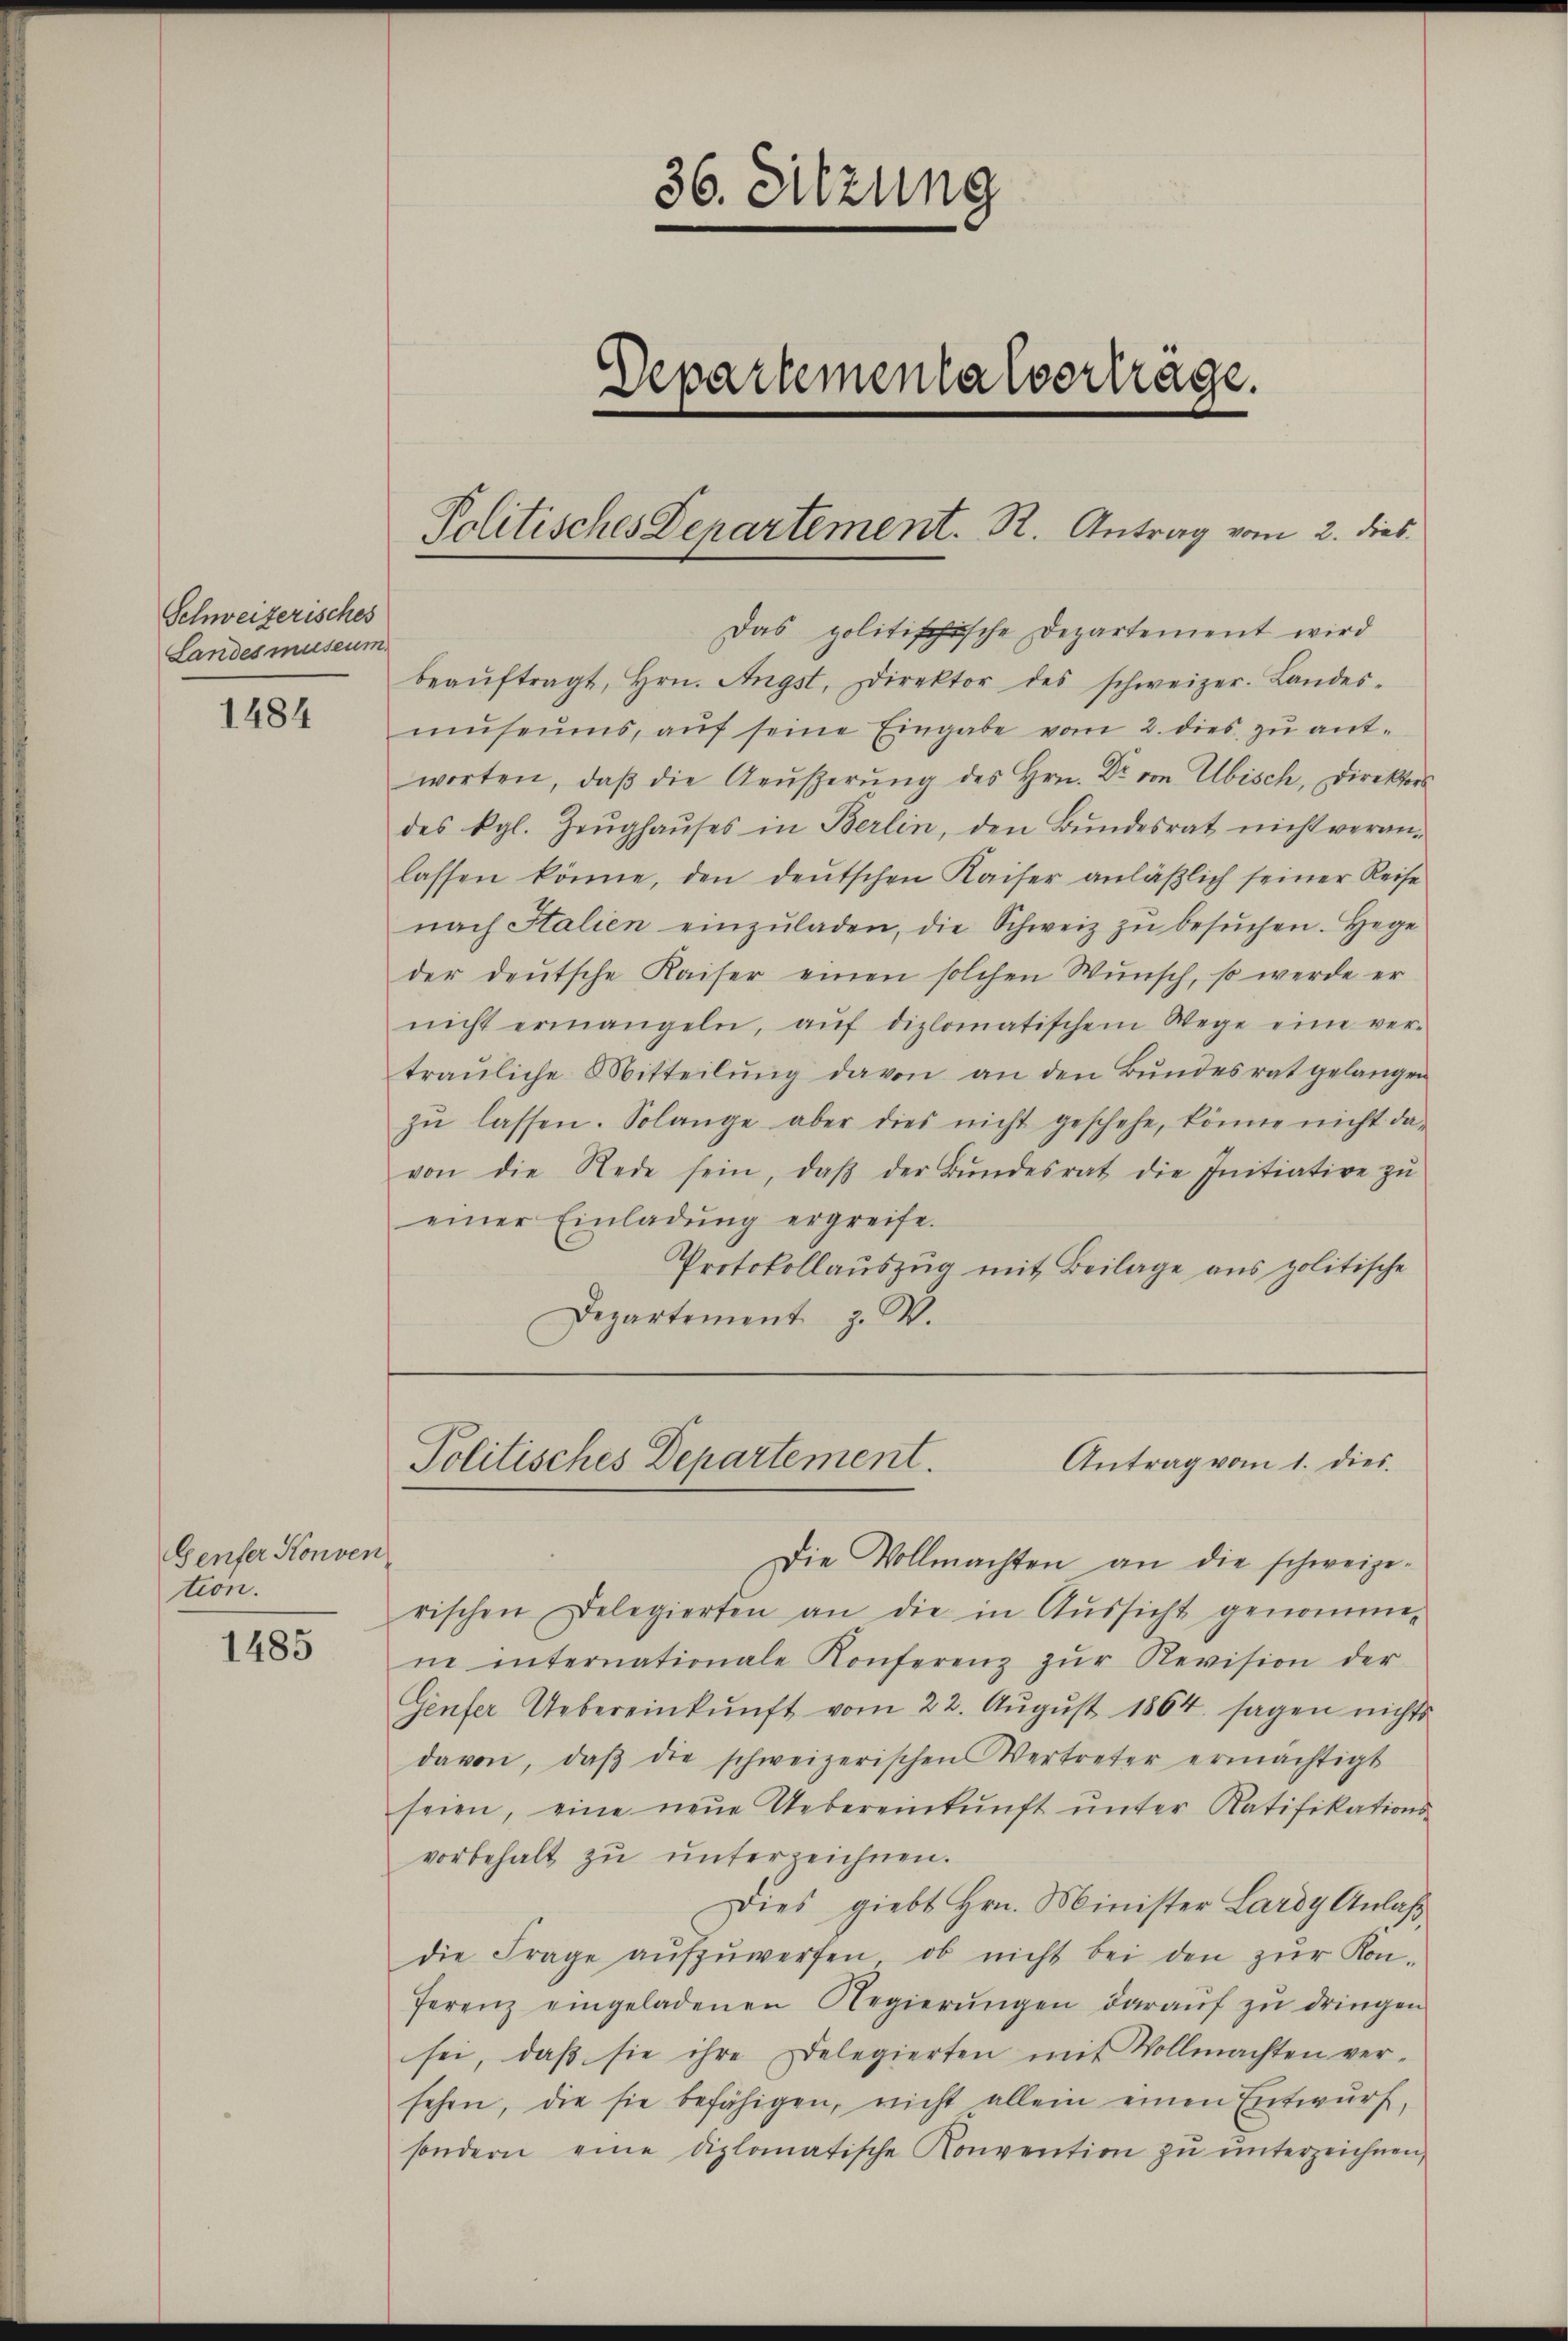
Schweizerisches
Landes museum

1484

Genfer Konven
tion.

1485

Departementalvertrage.

36. Sitzung

Das politischische Departement wird
beaŭftragt, Hrn. Angst, Direktor des schweizer. Landes-
mŭseŭms, aŭf seine Eingabe vom 2. dies zu antworten, daβ die Aeŭβerŭng des Hrn. Dr. von Ubisch, Direktors
des kgl. Zeŭghaŭses in Berlin, den Bŭndesrat nicht veran-
lassen könne, den deutschen Kaiser anläßlich seiner Reise
nach Italien einzŭladen, die Schweiz zŭ besŭchen. Hege
der deutsche Kaiser einen solchen Wunsch, so werde er
nicht ermangeln, aŭf diplomatischem Wege eine ver-
trauliche Mitteilung davon an den Bundesrat gelangen
zŭ lassen. Solange aber dies nicht geschehe, könne nicht da-
von die Rede sein, daβ der Bŭndesrat die Initiative zŭ
einer Einladung ergreife.
Protokollauszug mit Beilage aus politische
Departement z. W.

Politisches Departement. R. Antrag vom 2. dies

Antrag vom 1. dies
Politisches Departement

Die Vollmachten an die schweizerischen Delegierten an die in Aŭssicht genomme-
ne internationale Konferenz zŭr Revision der
Genfer Uebereinkunft vom 22. Aŭgŭst 1864 sagen nichts
davon, daβ die schweizerischen Vertreter ermächtigt
seien, eine neŭe Uebereinkunft ŭnter Ratifikations-
vorbehalt zu unterzeichnen.
Dies giebt Hrn. Minister Lardy Anlaß
die Frage aŭfzŭwerfen, ob nicht bei den zŭr Kon-
ferenz eingeladenen Regierungen darauf zu dringen
sei, daβ sie ihre Delegierten mit Vollmachten ver-
sehen, die sie befähigen, nicht allein einen Entwurf,
sondern eine diplomatische Konvention zŭ ŭnterzeichnen,